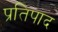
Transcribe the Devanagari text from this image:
प्रतिपाद